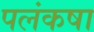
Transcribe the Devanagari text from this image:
पलंकषा